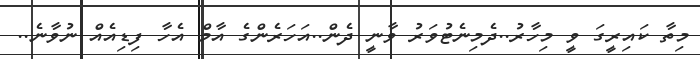
މިތާ ކައިރީގަ ވީ މިހާރު..ދެމިނެޓުވަރު ވާނީ ދެން..އަހަރެންގެ އާމް އެހާ ފިޑިއެއް ނުވާނެ..